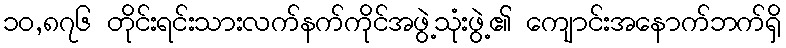
၁၀,၈၇၆ တိုင်းရင်းသားလက်နက်ကိုင်အဖွဲ့သုံးဖွဲ့၏ ကျောင်းအနောက်ဘက်ရှိ